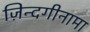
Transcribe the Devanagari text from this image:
ज़िन्दगीनामा